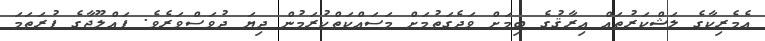
އެމެރިކާގެ ލަޝްކަރުތައް ޢިރާޤުގެ ބިމަށް ވަދެގަތުމަށް މަސައްކަތްކުރަމުން ދިޔަ ދުވަސްވަރެވެ. ފައްލޫޖާގެ ފުރަތަމަ